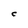
Character: C